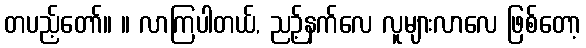
တပည့်တော်။ ။ လာကြပါတယ်, ညဉ့်နက်လေ လူများလာလေ ဖြစ်တော့